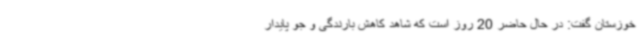
خوزستان گفت: در حال حاضر 20 روز است که شاهد کاهش بارندگی و جو پایدار